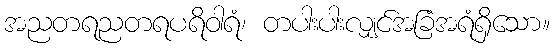
အညတရညတရပရိဝါရံ၊ တပါးပါးလျှင်အခြံအရံရှိသော။